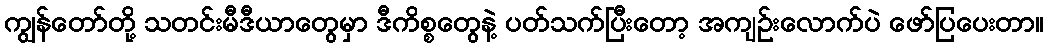
ကျွန်တော်တို့ သတင်းမီဒီယာတွေမှာ ဒီကိစ္စတွေနဲ့ ပတ်သက်ပြီးတော့ အကျဉ်းလောက်ပဲ ဖော်ပြပေးတာ။